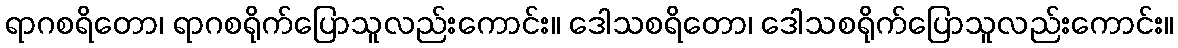
ရာဂစရိတော၊ ရာဂစရိုက်ပြောသူလည်းကောင်း။ ဒေါသစရိတော၊ ဒေါသစရိုက်ပြောသူလည်းကောင်း။